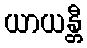
ယာယန္တီ